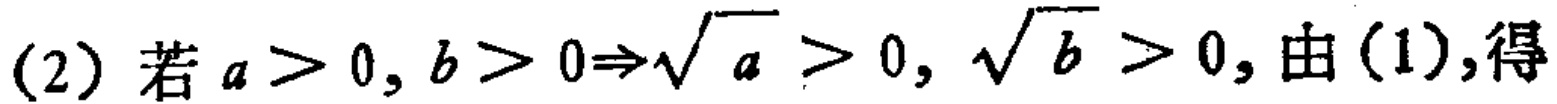
(2) 若 \(a > 0, b > 0\Rightarrow\sqrt{a}>0, \sqrt{b}>0\), 由(1),得